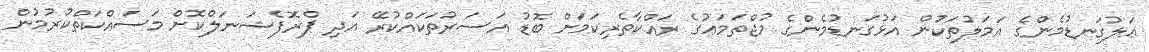
ޢަލުގަނޑުމެންގެ އަމަލުތަކުން އަޅުގަނޑުމެންގެ މުޖްތަމަޢުގެ ރައްކާތެރިކަމަށް ބޮޑު އަސަރުތަކައްކުރޭ އަދި ޕްރޮފެޝަނަލްކޮށް މަސައްކަތްކުރުމުން